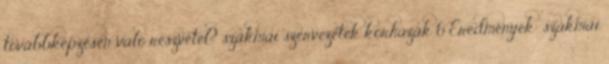
továbbképzésen való részvétel? szakmai szervezetek kórházak 6 Eredmények: szakmai